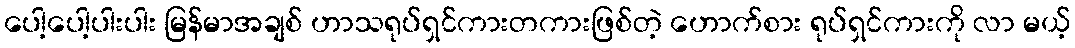
ပေါ့ပေါ့ပါးပါး မြန်မာအချစ် ဟာသရုပ်ရှင်ကားတကားဖြစ်တဲ့ ဟောက်စား ရုပ်ရှင်ကားကို လာ မယ့်